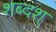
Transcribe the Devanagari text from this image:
शब्दश्